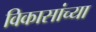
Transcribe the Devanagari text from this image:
विकासांच्या